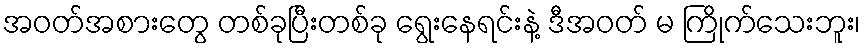
အဝတ်အစားတွေ တစ်ခုပြီးတစ်ခု ရွေးနေရင်းနဲ့ ဒီအဝတ် မ ကြိုက်သေးဘူး၊